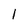
Character: 1